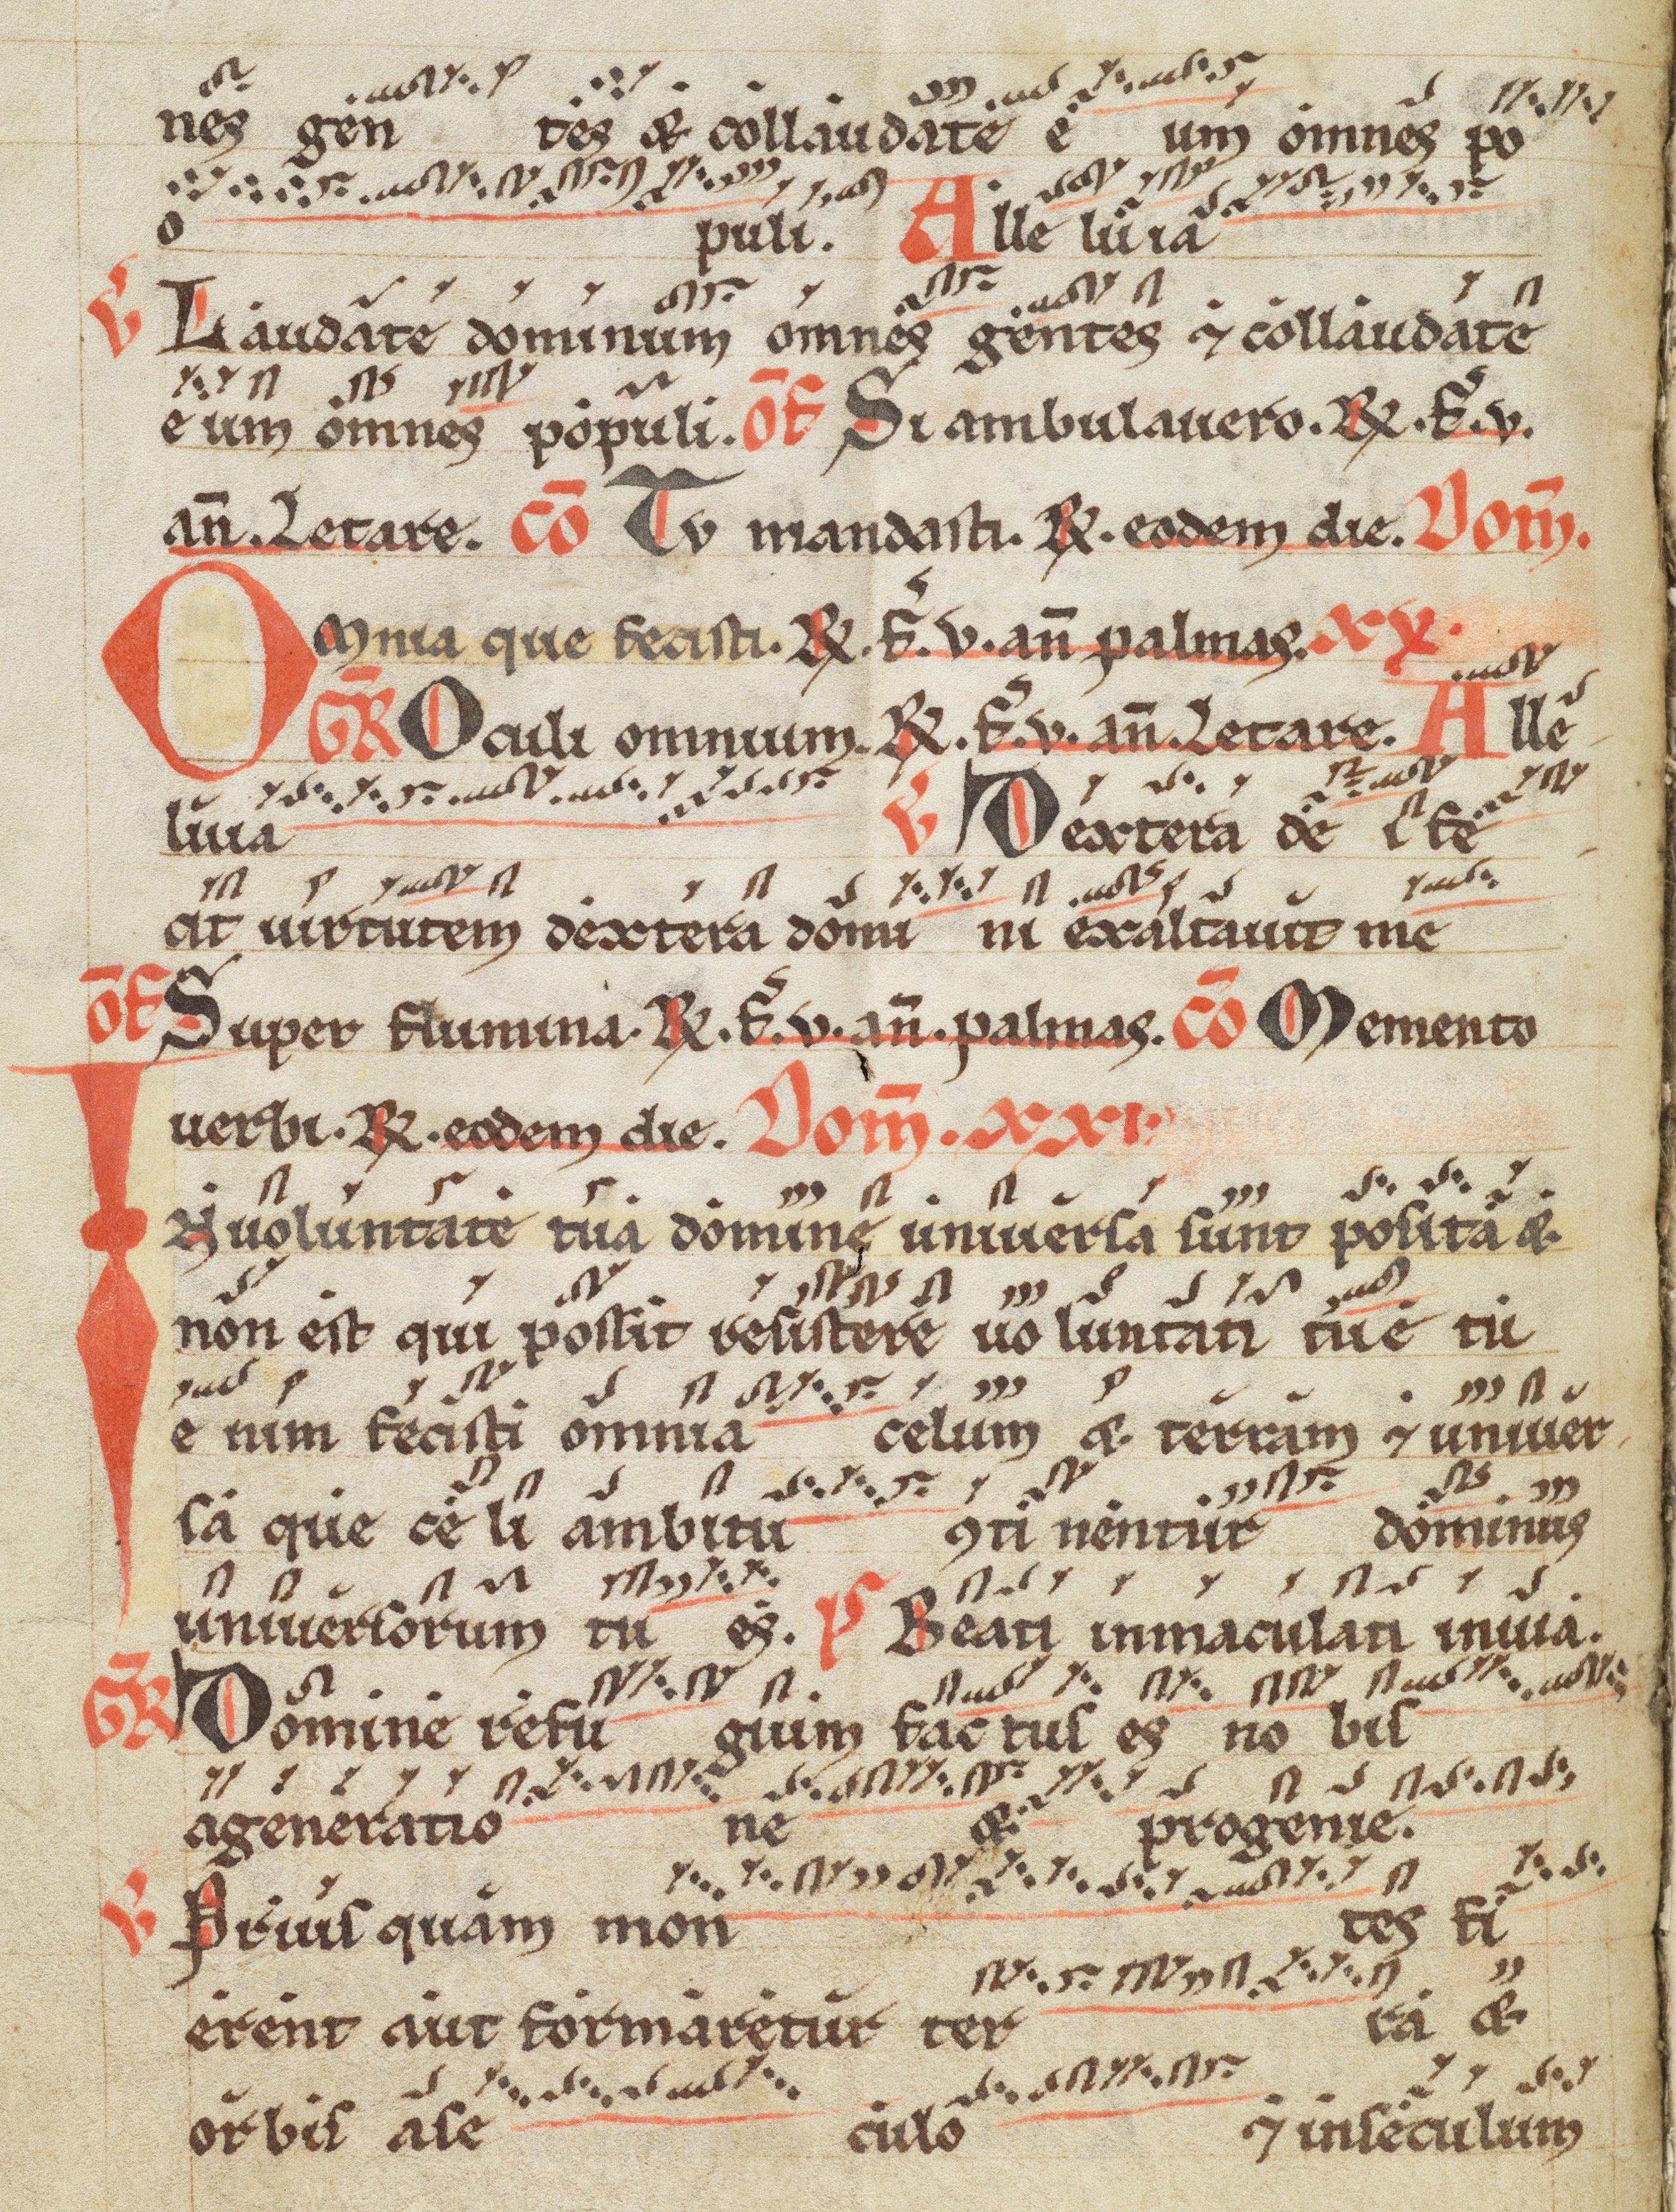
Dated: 1200–1299